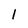
Character: 1